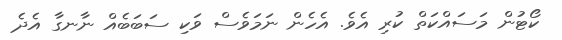
ކޯޓުން މަސައްކަތް ކުރި އެވެ. އެހެން ނަމަވެސް ވަކި ސަބަބެއް ނާނގާ އެދެ